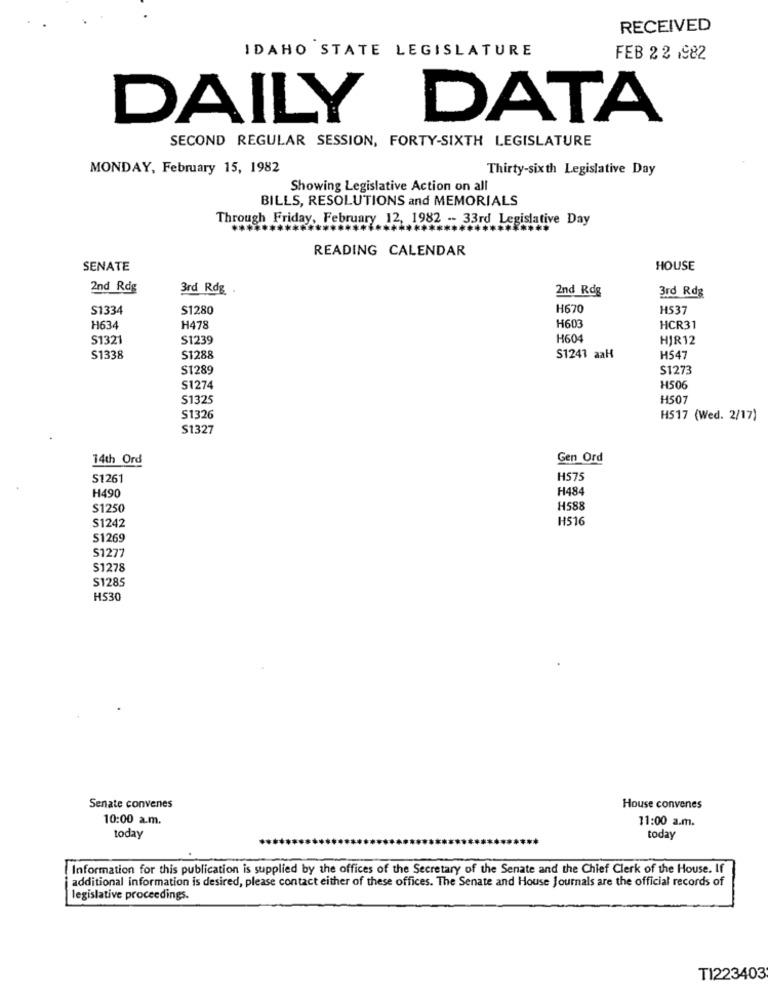
RECEIVED
IDAHO STATE LEGISLATURE
FEB 2 2 1982
DAILY DATA
SECOND REGULAR SESSION, FORTY-SIXTH LEGISLATURE
MONDAY, February 15, 1982
Thirty-sixth Legislative Day
Showing Legislative Action on all
BILLS, RESOLUTIONS and MEMORIALS
Through Friday, February 12, 1982 -- 33rd Legislative Day
READING CALENDAR
SENATE
HOUSE
2nd Rdg
3rd Rdg .
2nd Rdg
3rd Rd&
S1334
$1280
H670
H537
H634
H478
H603
HCR31
S1321
S1239
H604
HIR12
S1338
S1288
S1241 aaH
H547
S1289
S1273
S1274
H506
S1325
H507
$1326
H517 (Wed. 2/17)
S1327
14th Ord
Gen Ord
S1261
H575
H490
H484
$1250
H588
H516
S1242
S1269
S1277
$1278
S1285
H530
Senate convenes
House convenes
10:00 a.m.
11:00 a.m.
today
today
Information for this publication is supplied by the offices of the Secretary of the Senate and the Chief Clerk of the House. If
additional information is desired, please contact either of these offices. The Senate and House Journals are the official records of
legislative proceedings.
TI223403